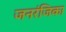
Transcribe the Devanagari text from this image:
जनरंजिका